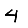
Digit: 4